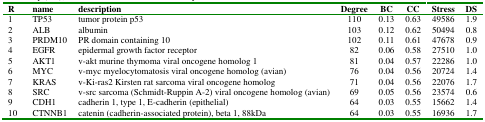
| R | name | description | Degree | BC | CC | Stress | DS |
 | --- | --- | --- | --- | --- | --- | --- | --- |
 | 1 | TP53 | tumor protein p53 | 110 | 0.13 | 0.63 | 49586 | 1.9 |
 | 2 | ALB | albumin | 103 | 0.12 | 0.62 | 50494 | 0.8 |
 | 3 | PRDM10 | PR domain containing 10 | 102 | 0.11 | 0.61 | 47678 | 0.9 |
 | 4 | EGFR | epidermal growth factor receptor | 82 | 0.06 | 0.58 | 27510 | 1.0 |
 | 5 | AKT1 | v-akt murine thymoma viral oncogene homolog 1 | 81 | 0.04 | 0.57 | 22286 | 1.0 |
 | 6 | MYC | v-myc myelocytomatosis viral oncogene homolog (avian) | 76 | 0.04 | 0.56 | 20724 | 1.4 |
 | 7 | KRAS | v-Ki-ras2 Kirsten rat sarcoma viral oncogene homolog | 71 | 0.04 | 0.56 | 22076 | 1.7 |
 | 8 | SRC | v-src sarcoma (Schmidt-Ruppin A-2) viral oncogene homolog (avian) | 69 | 0.05 | 0.56 | 23574 | 0.6 |
 | 9 | CDH1 | cadherin 1, type 1, E-cadherin (epithelial) | 64 | 0.03 | 0.55 | 15662 | 1.4 |
 | 10 | CTNNB1 | catenin (cadherin-associated protein), beta 1, 88kDa | 64 | 0.03 | 0.55 | 16936 | 1.7 |